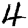
Digit: 4